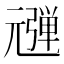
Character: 𰐠